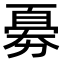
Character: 𠢘